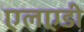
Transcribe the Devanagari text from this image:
एलएडी